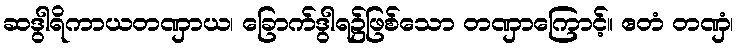
ဆဒွါရိကာယတဏှာယ၊ ခြောက်ဒွါရ၌ဖြစ်သော တဏှာကြောင့်။ ဧတံ တဏှံ၊